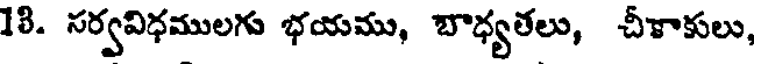
18. సర్వవిధములగు భయము, బాధ్యతలు, చీకాకులు,